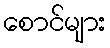
စောင်များ